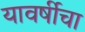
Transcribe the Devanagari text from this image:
यावर्षीचा